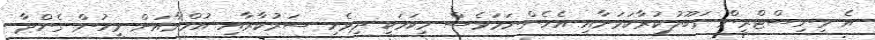
އެ މިނިސްޓްރީން ގަބޫލުކުރާކަމަށާއި އެހެންނަމަވެސް މިކަމަކީ ދިވެހި ސަރުކާރާއި އުމްރާއަށް މީހުން ގެންދާ